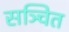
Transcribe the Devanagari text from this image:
सञ्चित